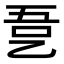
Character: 㐚